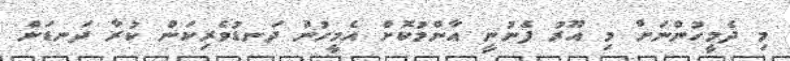
މި ދެމީހުންނަށް މި އޫރު ފެނުނީ އާންމުކޮށް އެމީހުން ދަނޑުވެރިކަން ކުރާ ދަނޑަށް